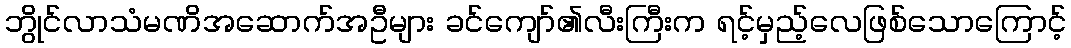
ဘွိုင်လာသံမဏိအဆောက်အဦများ ခင်ကျော်၏လီးကြီးက ရင့်မှည့်လေဖြစ်သောကြောင့်